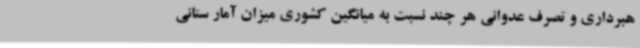
هبرداری و تصرف عدوانی هر چند نسبت به میانگین کشوری میزان آمار ستانی